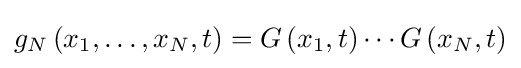
g_{N}\left(x_{1},\dots ,x_{N},t\right)=G\left(x_{1},t\right)\cdots G\left(x_{N},t\right)